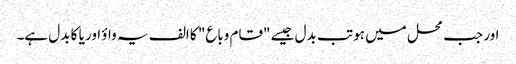
اور جب محل میں ہو تب بدل جیسے "قام وباع" کا الف یہ واؤ اور یا کا بدل ہے۔